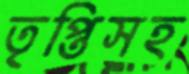
তৃপ্তিসহ